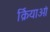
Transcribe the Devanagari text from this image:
र्क्रियाओं